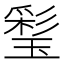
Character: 𤨽